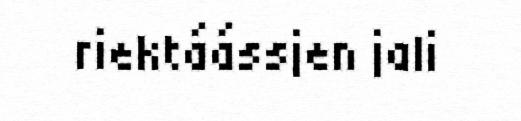
riektáássjen jali